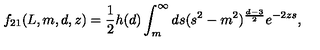
f _ { 2 1 } ( L , m , d , z ) = \frac { 1 } { 2 } h ( d ) \int _ { m } ^ { \infty } d s ( s ^ { 2 } - m ^ { 2 } ) ^ { \frac { d - 3 } { 2 } } e ^ { - 2 z s } , \qquad